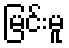
မြင်းမူ